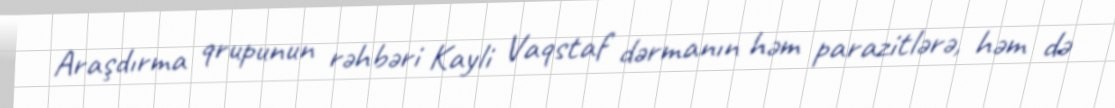
Araşdırma qrupunun rəhbəri Kayli Vaqstaf dərmanın həm parazitlərə, həm də